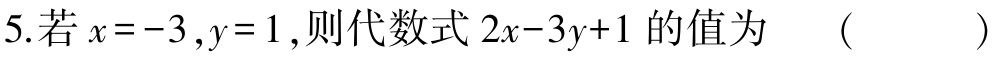
5. 若\(x = -3,y = 1\)，则代数式\(2x - 3y + 1\)的值为 （  ）